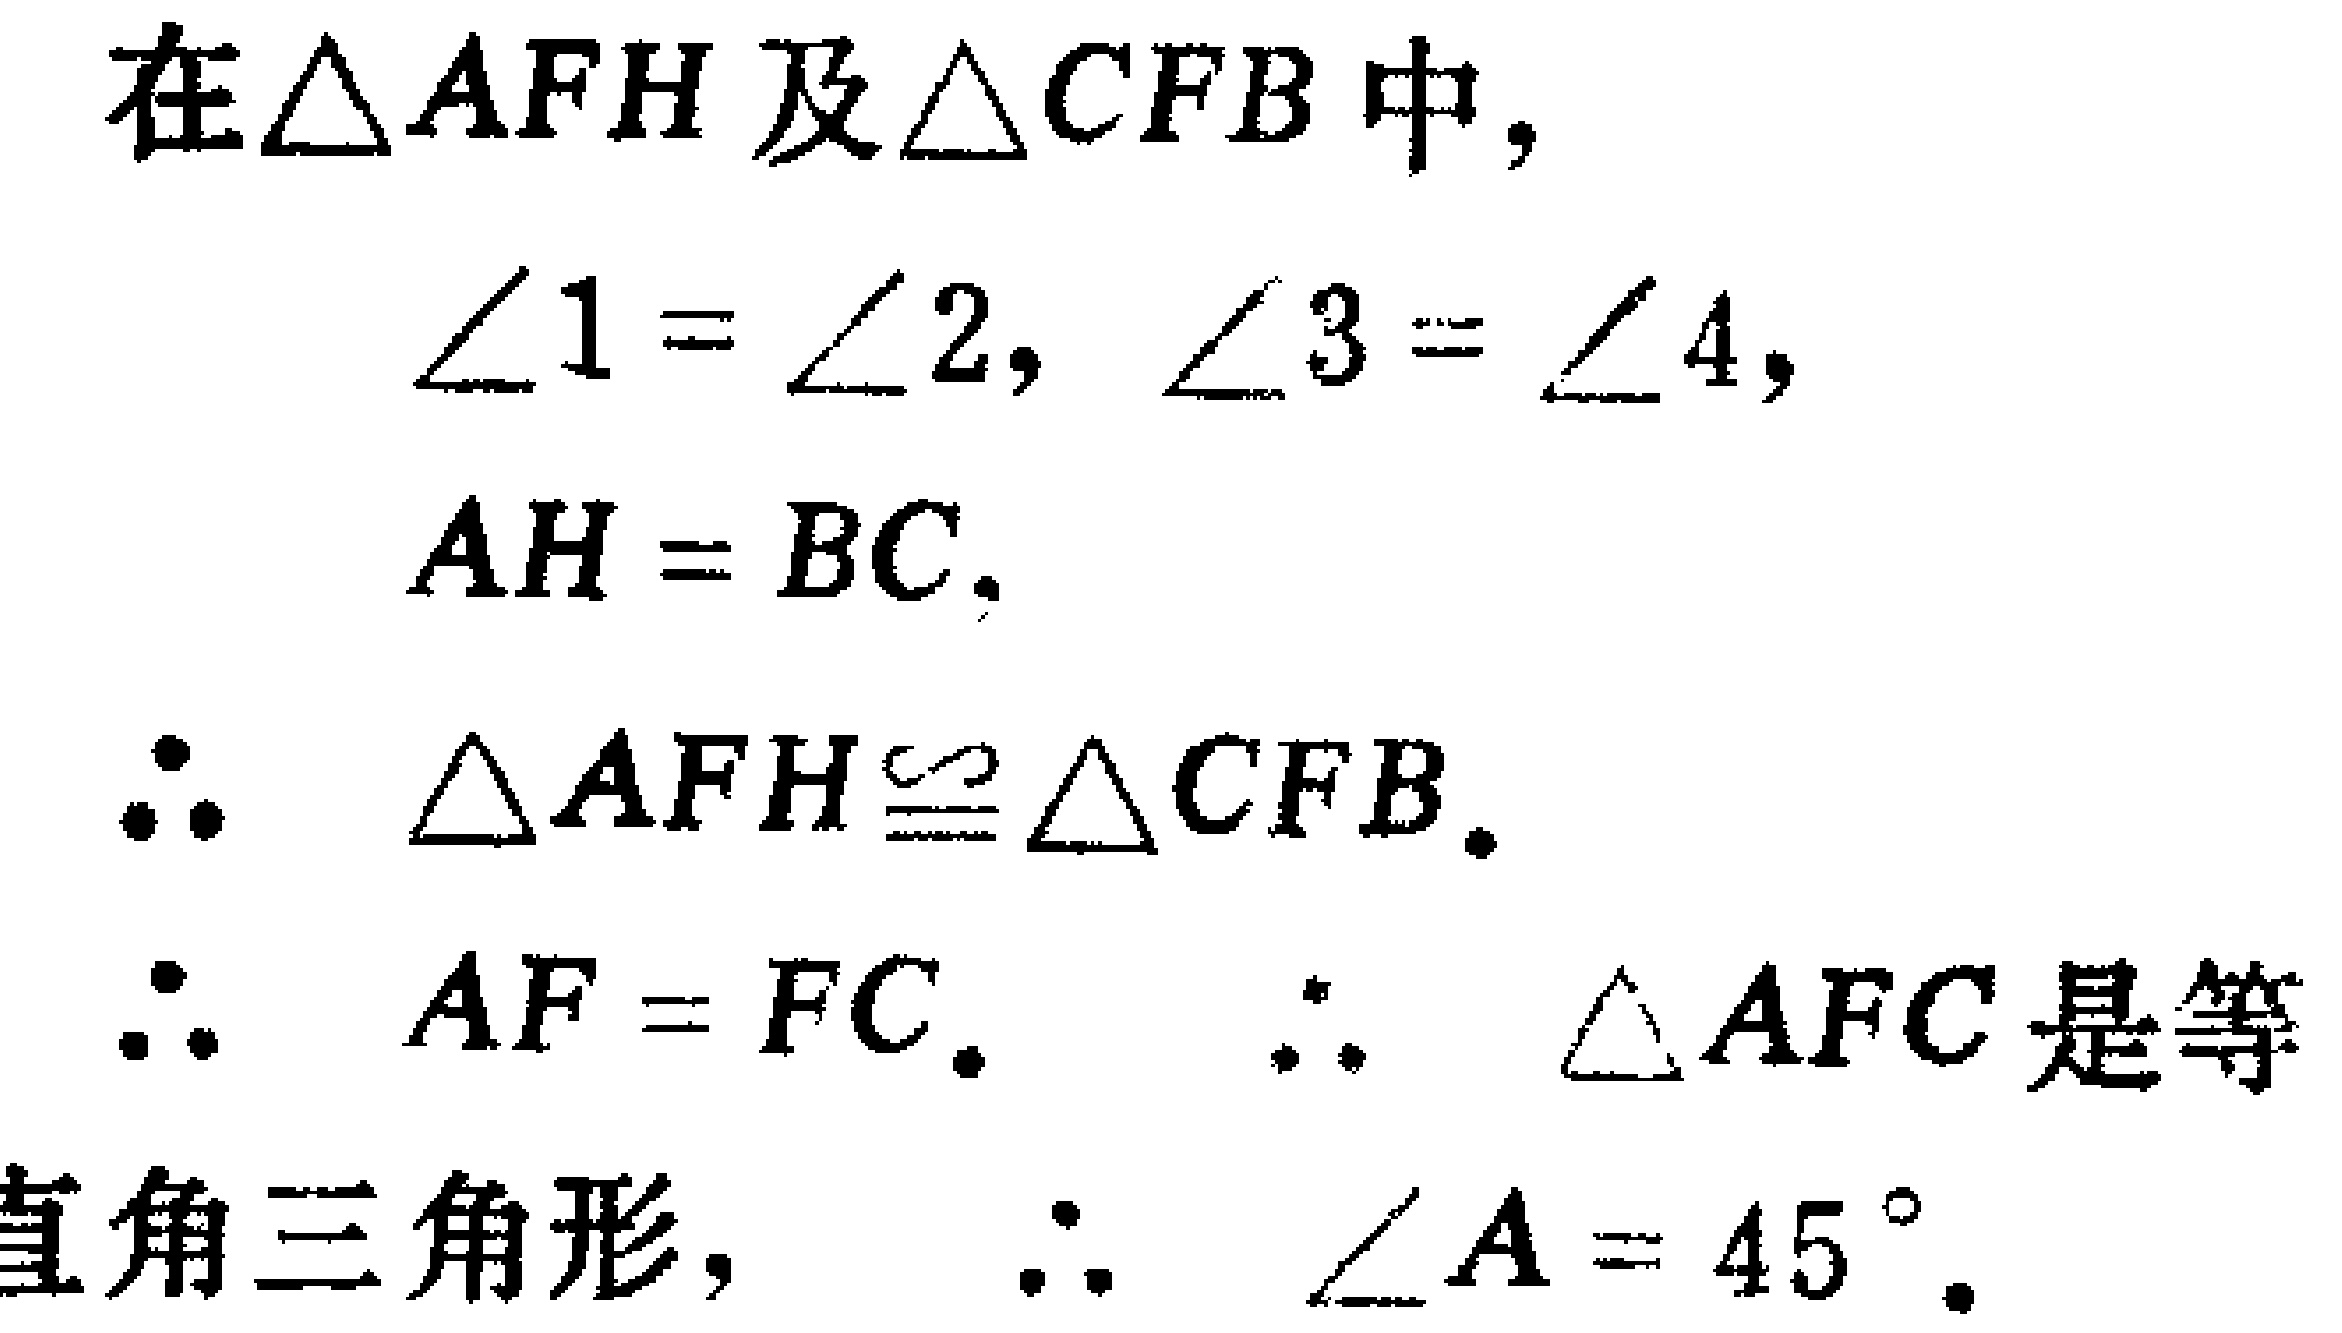
在$\triangle AFH$及$\triangle CFB$中,
\[
\begin{align*}
\angle 1&=\angle 2, \ \angle 3 = \angle 4,\\
AH&=BC.
\end{align*}
\]
\[
\begin{align*}
\therefore \triangle AFH&\cong \triangle CFB.\\
\therefore AF&=FC. \ \therefore \triangle AFC\text{ 是等}\\
\text{直角三角形}, \ \therefore \angle A& = 45^{\circ}.
\end{align*}
\]